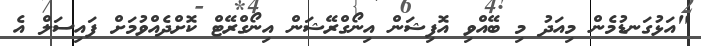
"އަޅުގަނޑުމެން މިއަދު މި ބޭއްވި އޮފިޝަން އިނޯގްރޭޝަން އިނޯގްރޭޓް ކޮށްދެއްވުމަށް ފައިސަލް އެ